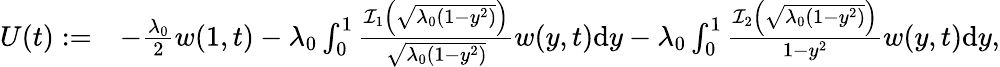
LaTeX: \begin{array}{rl}{U(t):=}&{-\frac{\lambda_{0}}{2}w(1,t)-\lambda_{0}\int_{0}^{1}\frac{\mathcal{I}_{1}\left(\sqrt{\lambda_{0}(1-y^{2})}\right)}{\sqrt{\lambda_{0}(1-y^{2})}}w(y,t)\mathrm{d}y-\lambda_{0}\int_{0}^{1}\frac{\mathcal{I}_{2}\left(\sqrt{\lambda_{0}(1-y^{2})}\right)}{{1-y^{2}}}w(y,t)\mathrm{d}y,}\end{array}